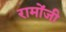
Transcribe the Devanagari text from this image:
रामोंजी